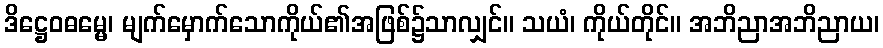
ဒိဋ္ဌေဝဓမ္မေ၊ မျက်မှောက်သောကိုယ်၏အဖြစ်၌သာလျှင်။ သယံ၊ ကိုယ်တိုင်။ အဘိညာအဘိညာယ၊